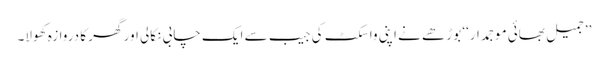
’’جمیل بھائی موجمدار‘‘ بوڑھے نے اپنی واسکٹ کی جیب سے ایک چابی نکالی اور گھر کا دروازہ کھولا۔